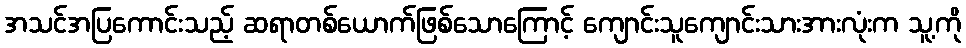
အသင်အပြကောင်းသည့် ဆရာတစ်ယောက်ဖြစ်သောကြောင့် ကျောင်းသူကျောင်းသားအားလုံးက သူ့ကို